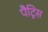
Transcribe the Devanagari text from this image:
पैट्रिस